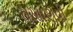
વખાણવી